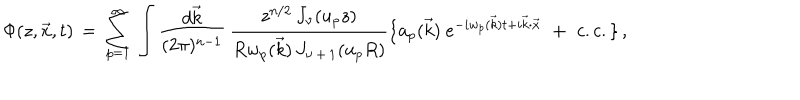
\Phi ( z , \vec { x } , t ) \, = \, \sum _ { p = 1 } ^ { \infty } \, \int { \frac { d \vec { k } } { ( 2 \pi ) ^ { n - 1 } } } \, { \frac { z ^ { n / 2 } \, J _ { \nu } ( u _ { p } z ) } { R w _ { p } ( \vec { k } ) \, J _ { \nu \, + \, 1 } ( u _ { p } R ) } } \lbrace { { \bf a } _ { p } ( \vec { k } ) \ } e ^ { - i w _ { p } ( \vec { k } ) t + i \vec { k } \cdot \vec { x } } \, \, + \, \, c . c . \rbrace \, ,